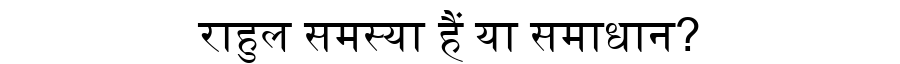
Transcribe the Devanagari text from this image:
राहुल समस्या हैं या समाधान?